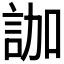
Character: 𧦤